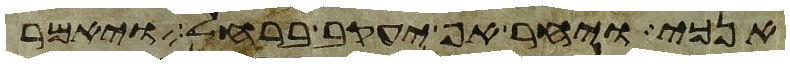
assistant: אנכי ויחר אף יעקב ברחל ויאמר